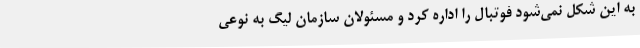
به این شکل نمی‌شود فوتبال را اداره کرد و مسئولان سازمان لیگ به نوعی